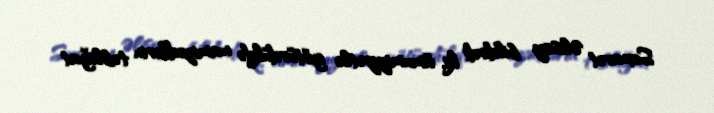
Səxavət Əlisoy bildirdi ki, ümumiyyətlə götürdükdə namizədlərin təbliğat